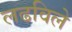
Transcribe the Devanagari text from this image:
लढविले